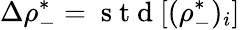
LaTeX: \Delta\rho_{-}^{*}=\mathrm{~s~t~d~}[(\rho_{-}^{*})_{i}]